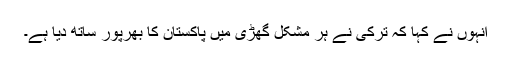
اُنہوں نے کہا کہ ترکی نے ہر مشکل گھڑی میں پاکستان کا بھرپور ساتھ دیا ہے۔